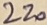
Text: 220